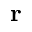
\mathbf { r }